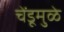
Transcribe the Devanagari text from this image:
चेंडूमुळे